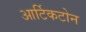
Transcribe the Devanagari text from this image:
आर्टिकटोन